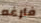
فارغه